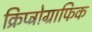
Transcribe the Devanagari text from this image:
क्रिप्ट्रोग्राफिक